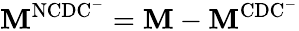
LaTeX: \mathbf{M}^{\mathrm{NCDC^{-}}}=\mathbf{M}-\mathbf{M}^{\mathrm{CDC^{-}}}